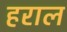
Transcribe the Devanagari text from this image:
हराल